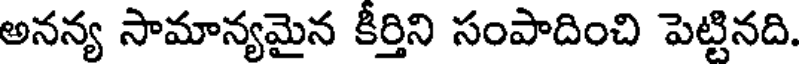
అనన్య సామాన్యమైన కీర్తిని సంపాదించి పెట్టినది.